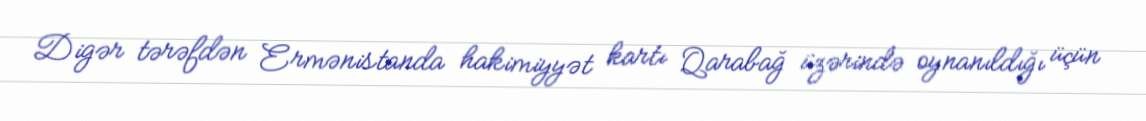
Digər tərəfdən Ermənistanda hakimiyyət kartı Qarabağ üzərində oynanıldığı üçün